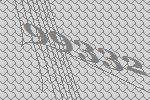
99332